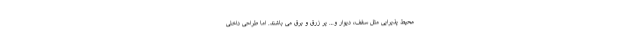
محیط پذیرایی مثل سقف، دیوار و… پر زرق و برق می باشند. اما طراحی داخلی